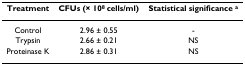
<table><thead><tr><td><b>Treatment</b></td><td><b>CFUs (× 10<sup>8 </sup>cells/ml)</b></td><td><b>Statistical significance <sup>a</sup></b></td></tr></thead><tbody><tr><td>Control</td><td>2.96 ± 0.55</td><td>-</td></tr><tr><td>Trypsin</td><td>2.66 ± 0.21</td><td>NS</td></tr><tr><td>Proteinase K</td><td>2.86 ± 0.31</td><td>NS</td></tr></tbody></table>